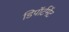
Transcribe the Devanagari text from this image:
डिपॉर्टमेंट